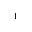
^ 1